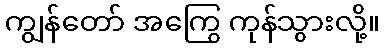
ကျွန်တော် အကြွေ ကုန်သွားလို့။